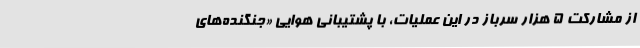
از مشارکت ۵ هزار سرباز در این عملیات، با پشتیبانی هوایی «جنگنده‌های